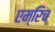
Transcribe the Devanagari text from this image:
एम्रिच